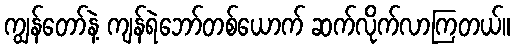
ကျွန်တော်နဲ့ ကျန်ရဲဘော်တစ်ယောက် ဆက်လိုက်လာကြတယ်။